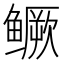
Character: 鳜